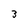
Character: 3